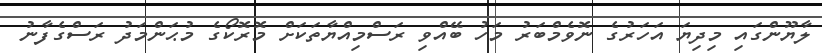
ލާޔޫންގައި މިދިޔަ އަހަރުގެ ނޮވެމްބަރު މަހު ބޭއްވި ރަސްމިއްޔާތަކަށް މޮރޮކޯގެ މުޙަންމަދު ރަސްގެފާނު